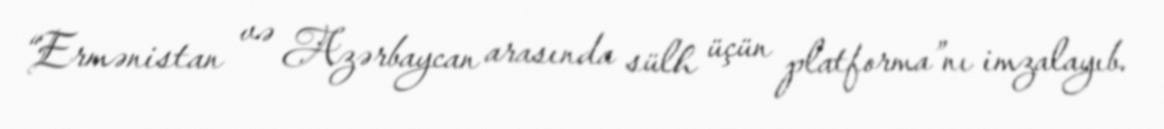
“Ermənistan və Azərbaycan arasında sülh üçün platforma”nı imzalayıb.